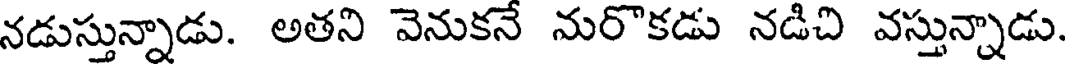
నడుస్తున్నాడు. అతని వెనుకనే నురొకడు నడిచి వస్తున్నాడు.